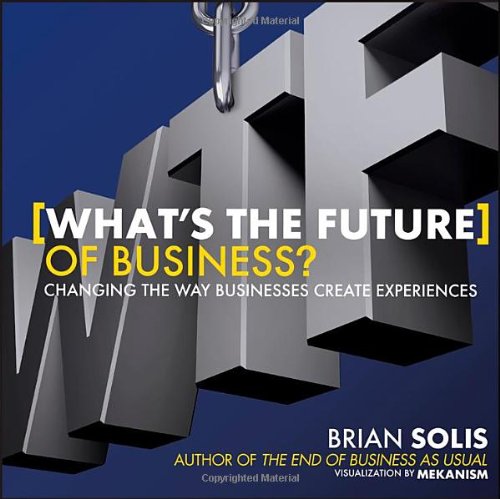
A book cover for What's the Future of Business: Changing the Way Businesses Create Experiences; Brian Solis; Business & Money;